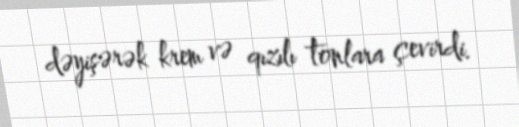
dəyişərək krem və qızılı tonlara çevirdi.